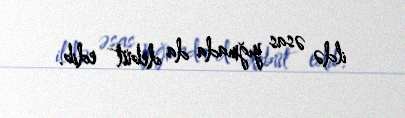
ildə əsas yığmada da debüt edib.